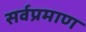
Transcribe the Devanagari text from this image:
सर्वप्रमाण